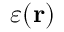
\varepsilon ( \mathbf { r } )